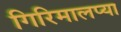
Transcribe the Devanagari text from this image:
गिरिमालप्या